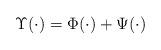
LaTeX: \begin{align*}\Upsilon(\cdot) = \Phi(\cdot) + \Psi(\cdot)\end{align*}